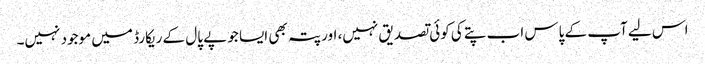
اس لیے آپ کے پاس اب پتے کی کوئی تصدیق نہیں، اور پتہ بھی ایسا جو پے پال کے ریکارڈ میں موجود نہیں۔